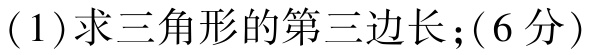
(1)求三角形的第三边长；(6分)